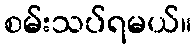
စမ်းသပ်ရမယ်။